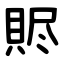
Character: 䝲